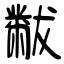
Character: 黻